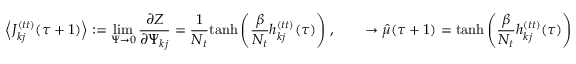
\Big \langle J _ { k j } ^ { ( t t ) } ( \tau + 1 ) \Big \rangle : = \operatorname* { l i m } _ { \Psi \rightarrow 0 } \frac { \partial Z } { \partial \Psi _ { k j } } = \frac { 1 } { N _ { t } } \mathrm { t a n h } \left( \frac { \beta } { N _ { t } } h _ { k j } ^ { ( t t ) } ( \tau ) \right) \, , \qquad \rightarrow \hat { \mu } ( \tau + 1 ) = \mathrm { t a n h } \left( \frac { \beta } { N _ { t } } h _ { k j } ^ { ( t t ) } ( \tau ) \right)